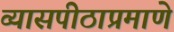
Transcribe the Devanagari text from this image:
व्यासपीठाप्रमाणे